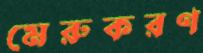
মেরুকরণ